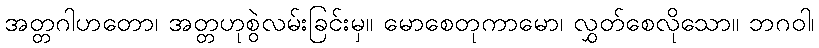
အတ္တဂါဟတော၊ အတ္တဟုစွဲလမ်းခြင်းမှ။ မောစေတုကာမော၊ လွှတ်စေလိုသော။ ဘဂဝါ၊